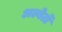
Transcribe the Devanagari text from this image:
अल्बेर्टो